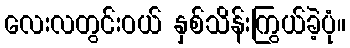
လေးလတွင်းဝယ် နှစ်သိန်းကြွယ်ခဲ့ပုံ။